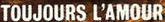
TOUJOURS L'AMOUR